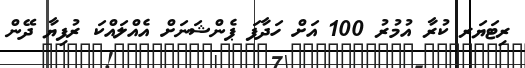
ރިޓަޔަރ ކުރާ އުމުރު 100 އަށް ހަދާފަ ޕެންޝަނަށް އެއްލައްކަ ރުފިޔާ ދޭން